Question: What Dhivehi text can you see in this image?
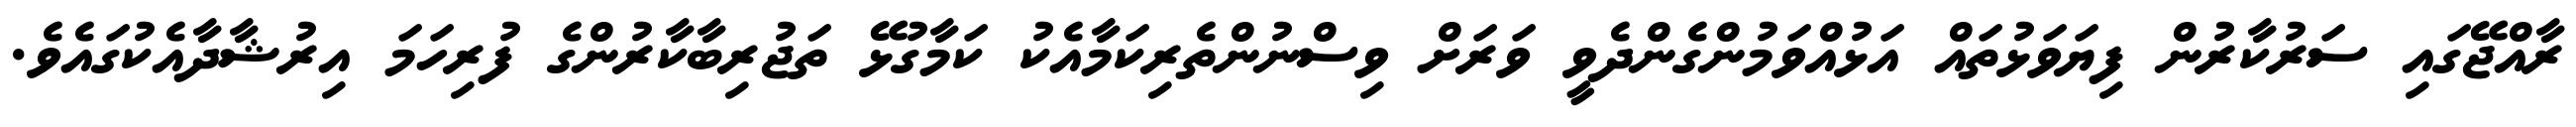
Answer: ރާއްޖޭގައި ސަރުކާރުން ފިޔަވަޅުތައް އަޅުއްވަމުންގެންދެވީ ވަރަށް ވިސްނުންތެރިކަމާއެކު ކަމާގުޅޭ ތަޖުރިބާކާރުންގެ ފުރިހަމަ އިރުޝާދާއެކުގައެވެ.